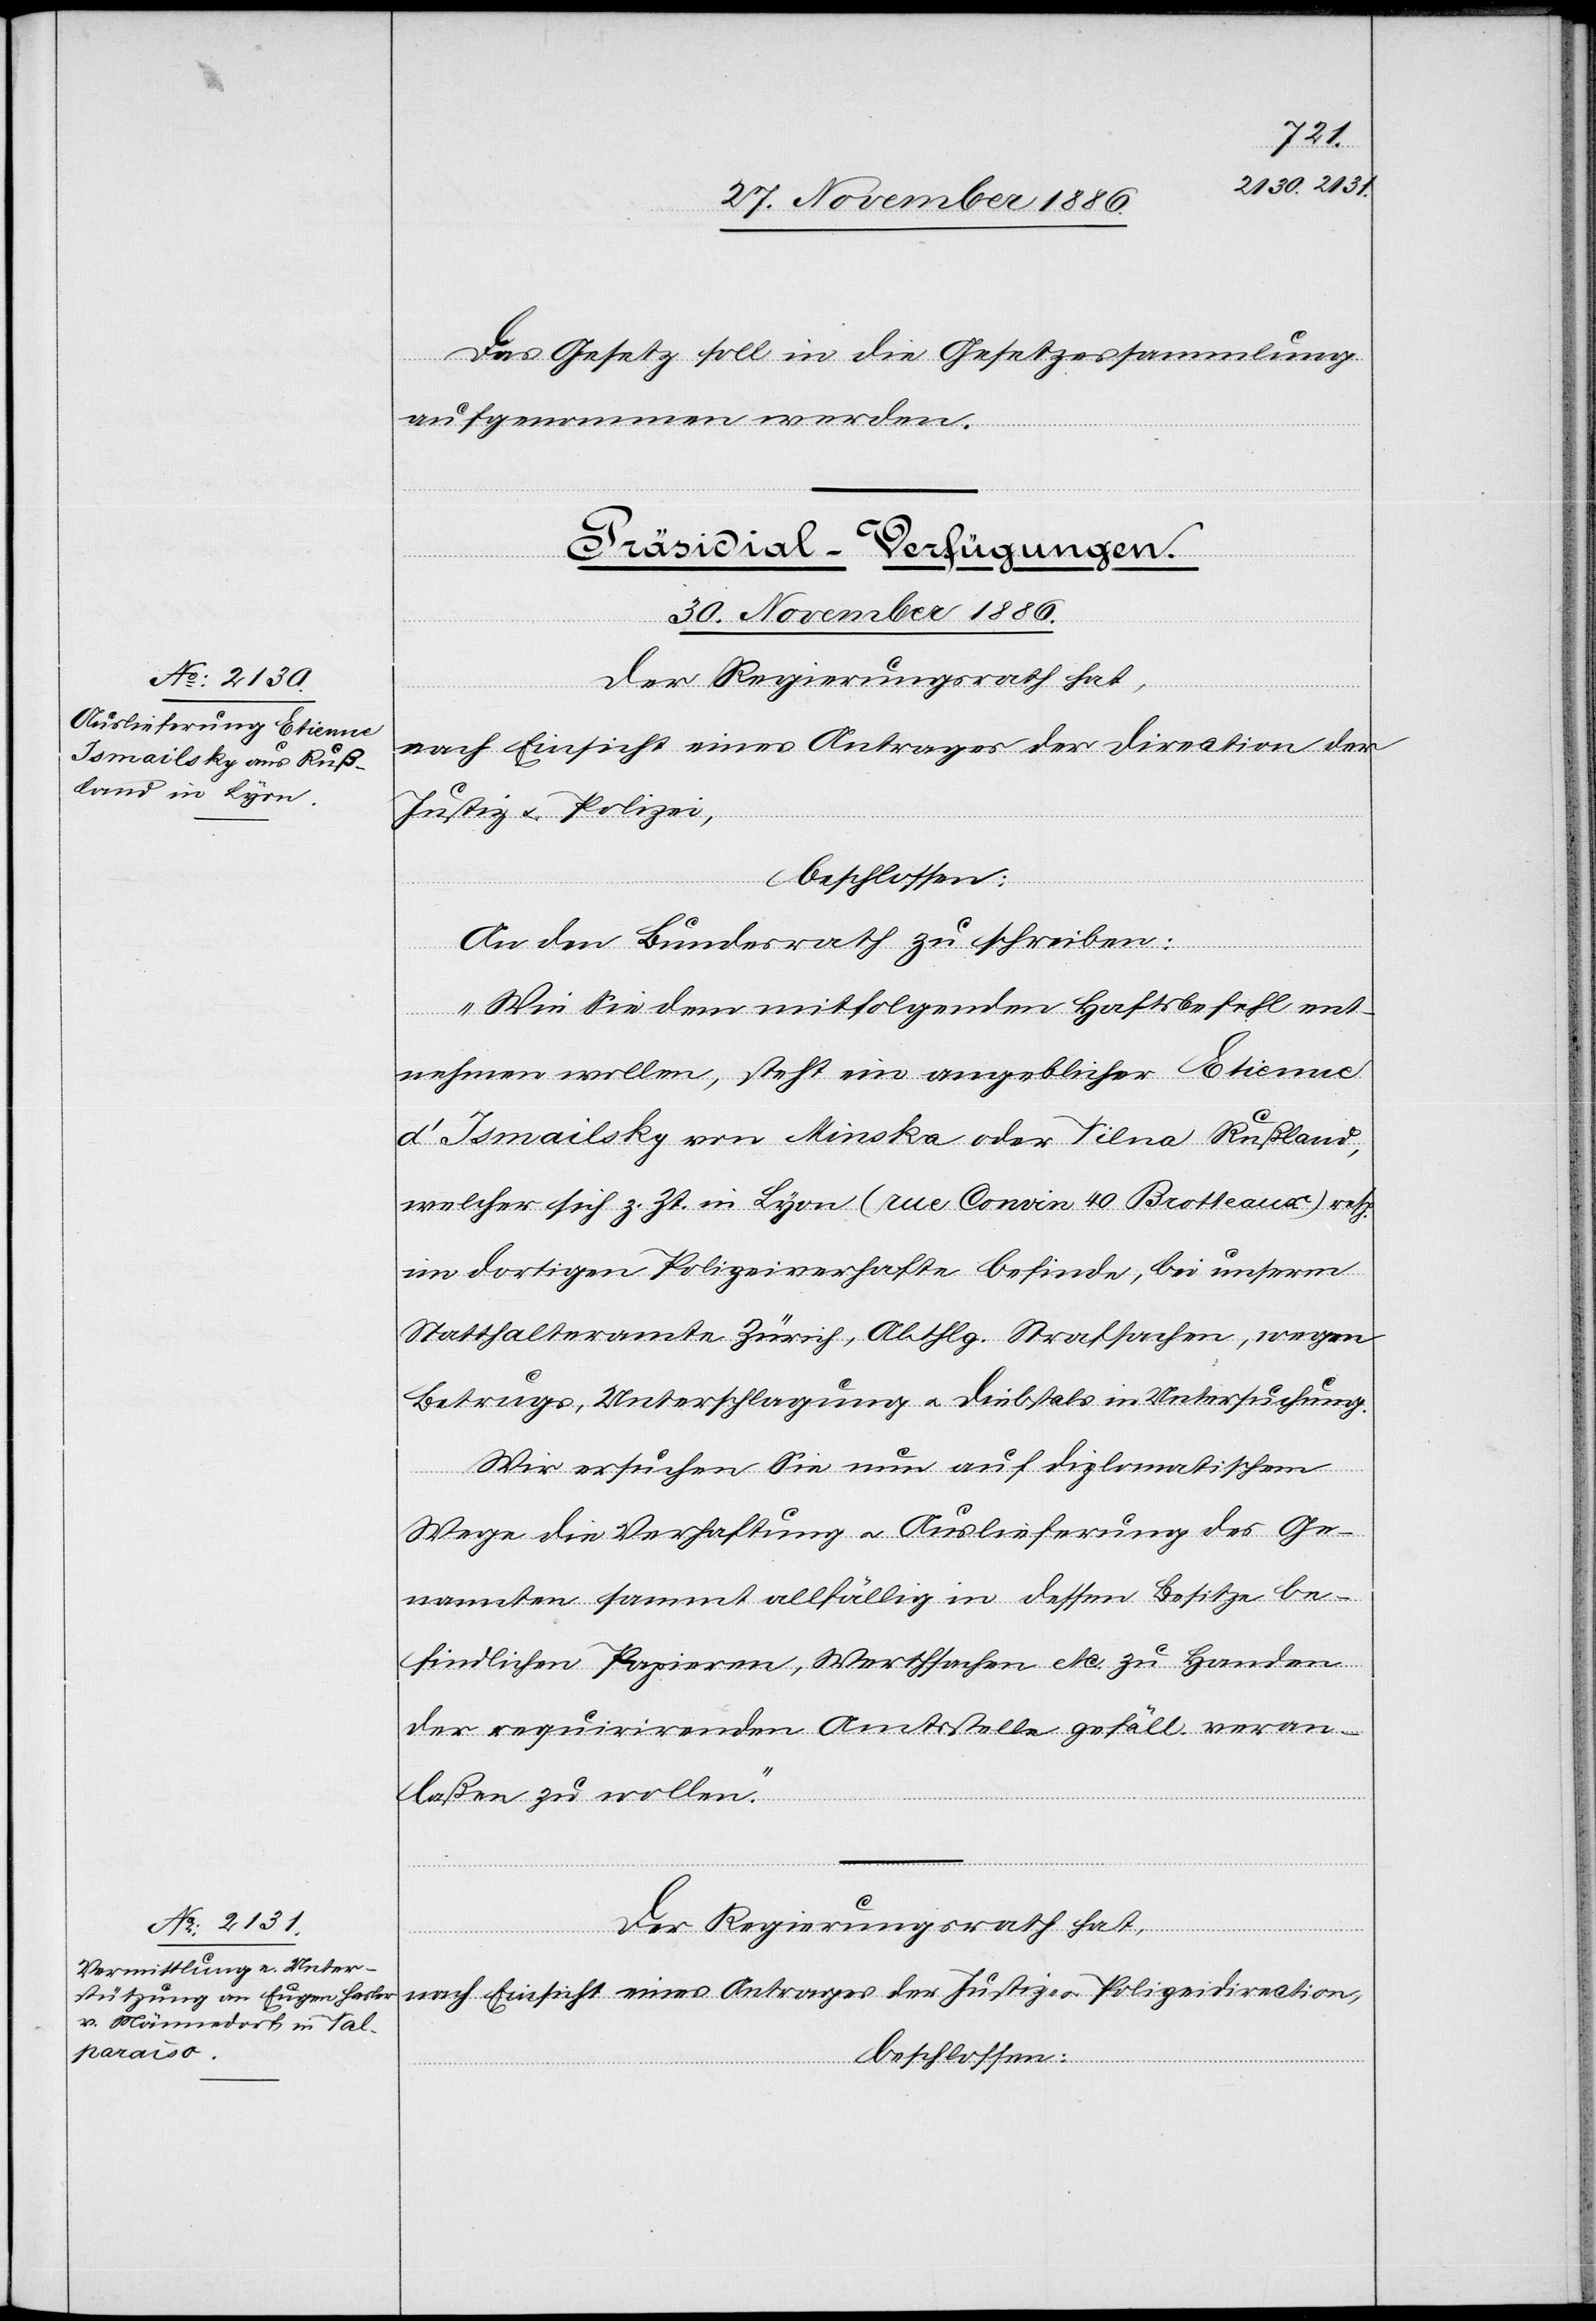
Das Gesetz soll in die Gesetzessammlung
aufgenommen werden.
[Präsidial-Verfügungen.
30. November 1886.]
Der Regierungsrath hat,
nach Einsicht eines Antrages der Direction der
Justiz & Polizei,
beschlossen:
oder
An den Bundesrath zu schreiben:
„Wie Sie dem mitfolgenden Haftsbefehl ent¬
nehmen wollen, steht ein angeblicher Etienne
welcher sich z. Zt. in Lyon (rue Convin 40 Brotteaux) resp.
im dortigen Polizeiverhafte befinde, bei unserm
Statthalteramte Zürich, Abthlg. Strafsachen, wegen
Betrugs, Unterschlagung & Diebstals in Untersuchung.
Wir ersuchen Sie nun auf diplomatischem
Wege die Verhaftung & Auslieferung des Ge¬
nannten sammt allfällig in dessen Besitze be¬
findlichen Papieren, Werthsachen etc. zu Handen
der requirirenden Amtsstelle gefäll. veran¬
laßen zu wollen.“
nach Einsicht eines Antrages der Justiz- & Polizeidirection,
beschlossen: